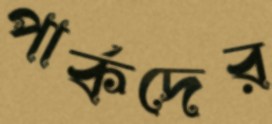
পার্কদের